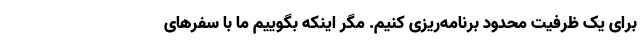
برای یک ظرفیت محدود برنامه‌ریزی کنیم. مگر اینکه بگوییم ما با سفرهای